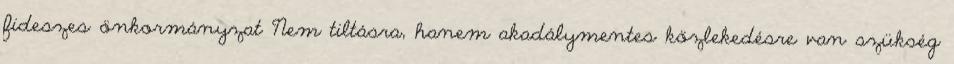
fideszes önkormányzat Nem tiltásra, hanem akadálymentes közlekedésre van szükség